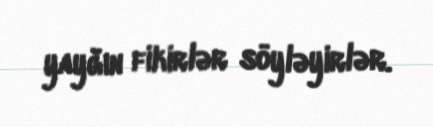
yayğın fikirlər söyləyirlər.